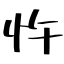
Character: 忤